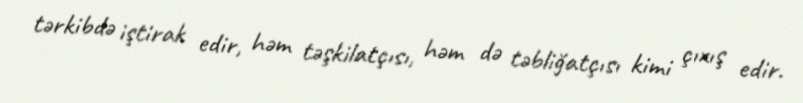
tərkibdə iştirak edir, həm təşkilatçısı, həm də təbliğatçısı kimi çıxış edir.